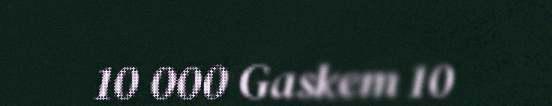
10 000 Gaskem 10